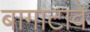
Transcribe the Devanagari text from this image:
बागाटावे